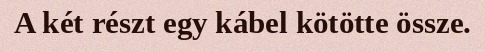
A két részt egy kábel kötötte össze.